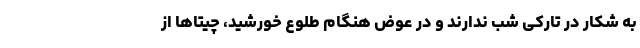
به شکار در تارکی شب ندارند و در عوض هنگام طلوع خورشید، چیتاها از